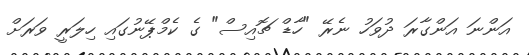
އަންނަ އަންގާރަ ދުވަހު ނެރޭ "ހާޑް ޗޮއިސް" ގެ ކެމްޕޭނުގައި ހިލަރީ ވަރަށް